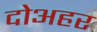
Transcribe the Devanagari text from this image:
दोअहर